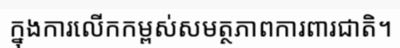
ក្នុងការលើកកម្ពស់សមត្ថភាពការពារជាតិ។